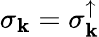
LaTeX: \sigma_{\mathbf{k}}=\sigma_{\mathbf{k}}^{\uparrow}